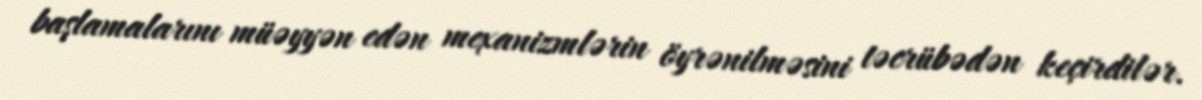
başlamalarını müəyyən edən mexanizmlərin öyrənilməsini təcrübədən keçirdilər.